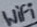
Text: WiFi